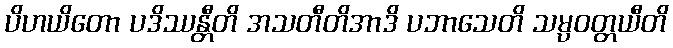
ပိဟယိတော ပဒိဿန္တီတိ အသတီတိအာဒိ ပဘာသေတိ သမ္ပဝတ္တယီတိ